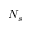
N _ { s }